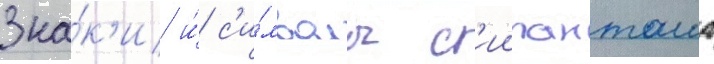
Зна́к'и и́ с'и́мволы с'иипанташа